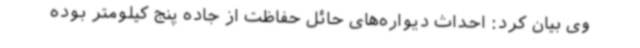
وی بیان کرد: احداث دیواره‌های حائل حفاظت از جاده پنج کیلومتر بوده